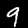
Label: 9